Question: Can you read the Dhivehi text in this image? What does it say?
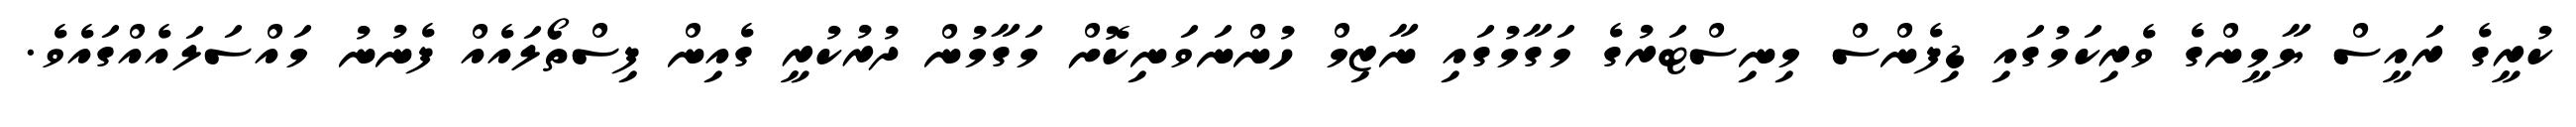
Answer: ކުރީގެ ރައީސް ޔާމީންގެ ވެރިކަމުގައި ޑިފެންސް މިނިސްޓަރުގެ މަގާމުގައި ނާޒިމް ހުންނަވަނިކޮށް މަގާމުން ދުރުކުރީ ގެއިން ފިސްތޯލައެއް ފެނުނު މައްސަލައެއްގައެވެ.